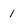
Character: 1